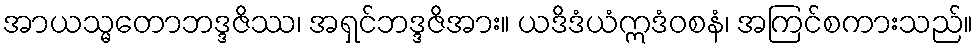
အာယသ္မတောဘဒ္ဒဇိဿ၊ အရှင်ဘဒ္ဒဇိအား။ ယဒိဒံယံဣဒံဝစနံ၊ အကြင်စကားသည်။